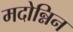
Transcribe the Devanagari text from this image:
मदोन्निन